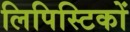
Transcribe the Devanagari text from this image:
लिपिस्टिकों